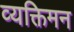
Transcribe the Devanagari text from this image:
व्यक्तिमन